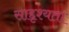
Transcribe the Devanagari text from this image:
साद्दृश्यता